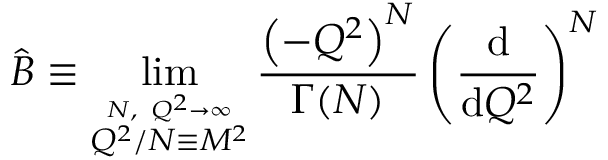
\hat { B } \equiv \operatorname * { l i m } _ { \stackrel { N , ~ Q ^ { 2 } \rightarrow \infty } { Q ^ { 2 } / N \equiv M ^ { 2 } } } \frac { \left( - Q ^ { 2 } \right) ^ { N } } { \Gamma ( N ) } \left( \frac { \mathrm { d } } { \mathrm { d } Q ^ { 2 } } \right) ^ { N }